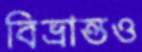
বিভ্রান্তও